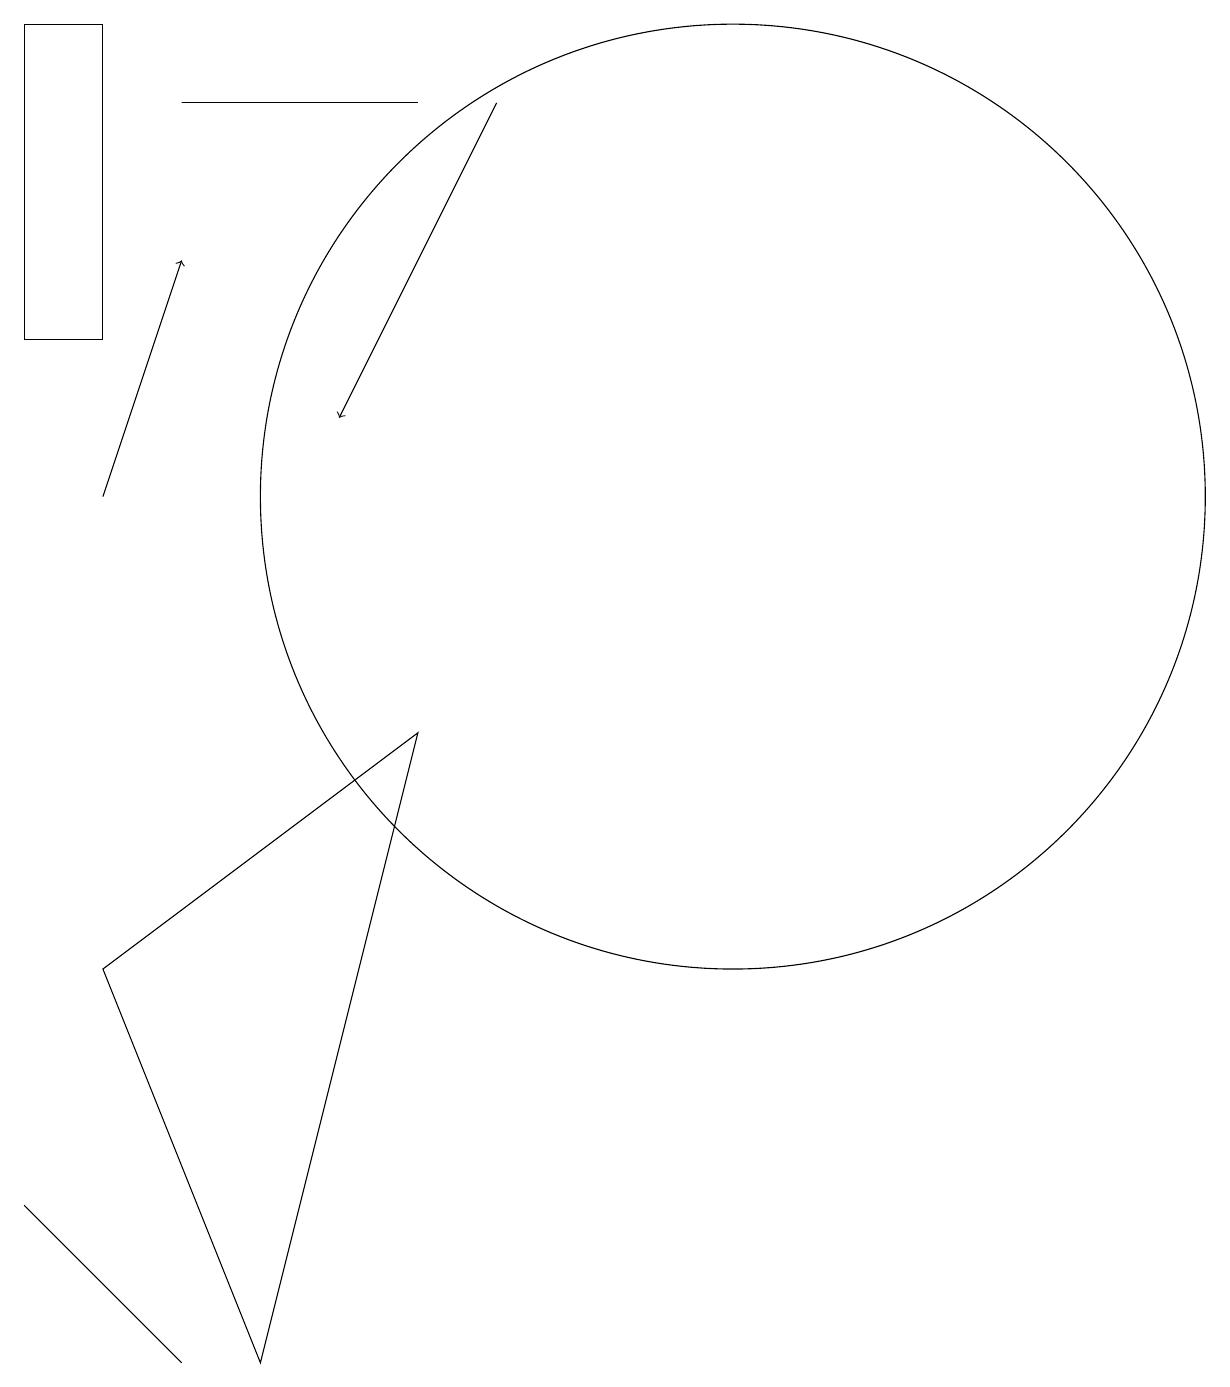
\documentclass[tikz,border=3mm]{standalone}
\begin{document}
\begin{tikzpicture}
\draw[->] (8,17) -- (6,13);
\draw (3,18) rectangle (2,14);
\draw (3,6) -- (5,1) -- (7,9) -- cycle;
\draw (11,12) circle (6);
\draw (3,2) -- (2,3) -- (4,1) -- cycle;
\draw (7,17) rectangle (4,17);
\draw[->] (3,12) -- (4,15);
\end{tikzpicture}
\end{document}